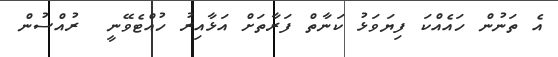
އެ ތަނުން ހައެއްކަ ފިޔަވަޅު ކަނާތް ފަރާތަށް އަޅާއިރު ހުއްޓެވޭނީ  ރުއްސުން